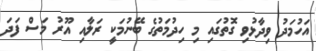
އަހުމަދު ވިދާޅުވި ގޮތުގައި މި ހިދުމަތުގެ ބޭނުމަކީ ރަލާއި އޫރު މަސް ފަދަ